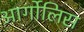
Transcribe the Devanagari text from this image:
आर्गोलिस